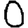
Digit: 0